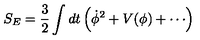
S _ { E } = \frac { 3 } { 2 } \int d t \left( { \dot { \phi } } ^ { 2 } + V ( \phi ) + \cdots \right)